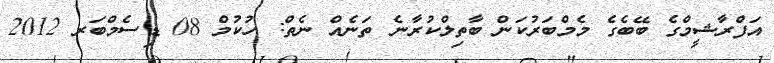
އަފްރާޝީމްގެ ބޭބެގެ މެމްބަރުކަން ބާތިލްކުރާނެ ތަނެއް ނެތް: ހުކުމް 08 ޑިސެމްބަރ 2012